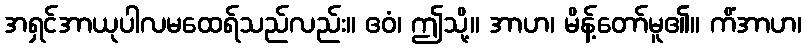
အရှင်အာယုပါလမထေရ်သည်လည်း။ ဧဝံ၊ ဤသို့။ အာဟ၊ မိန့်တော်မူ၏။ ကိံအာဟ၊